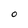
Character: O